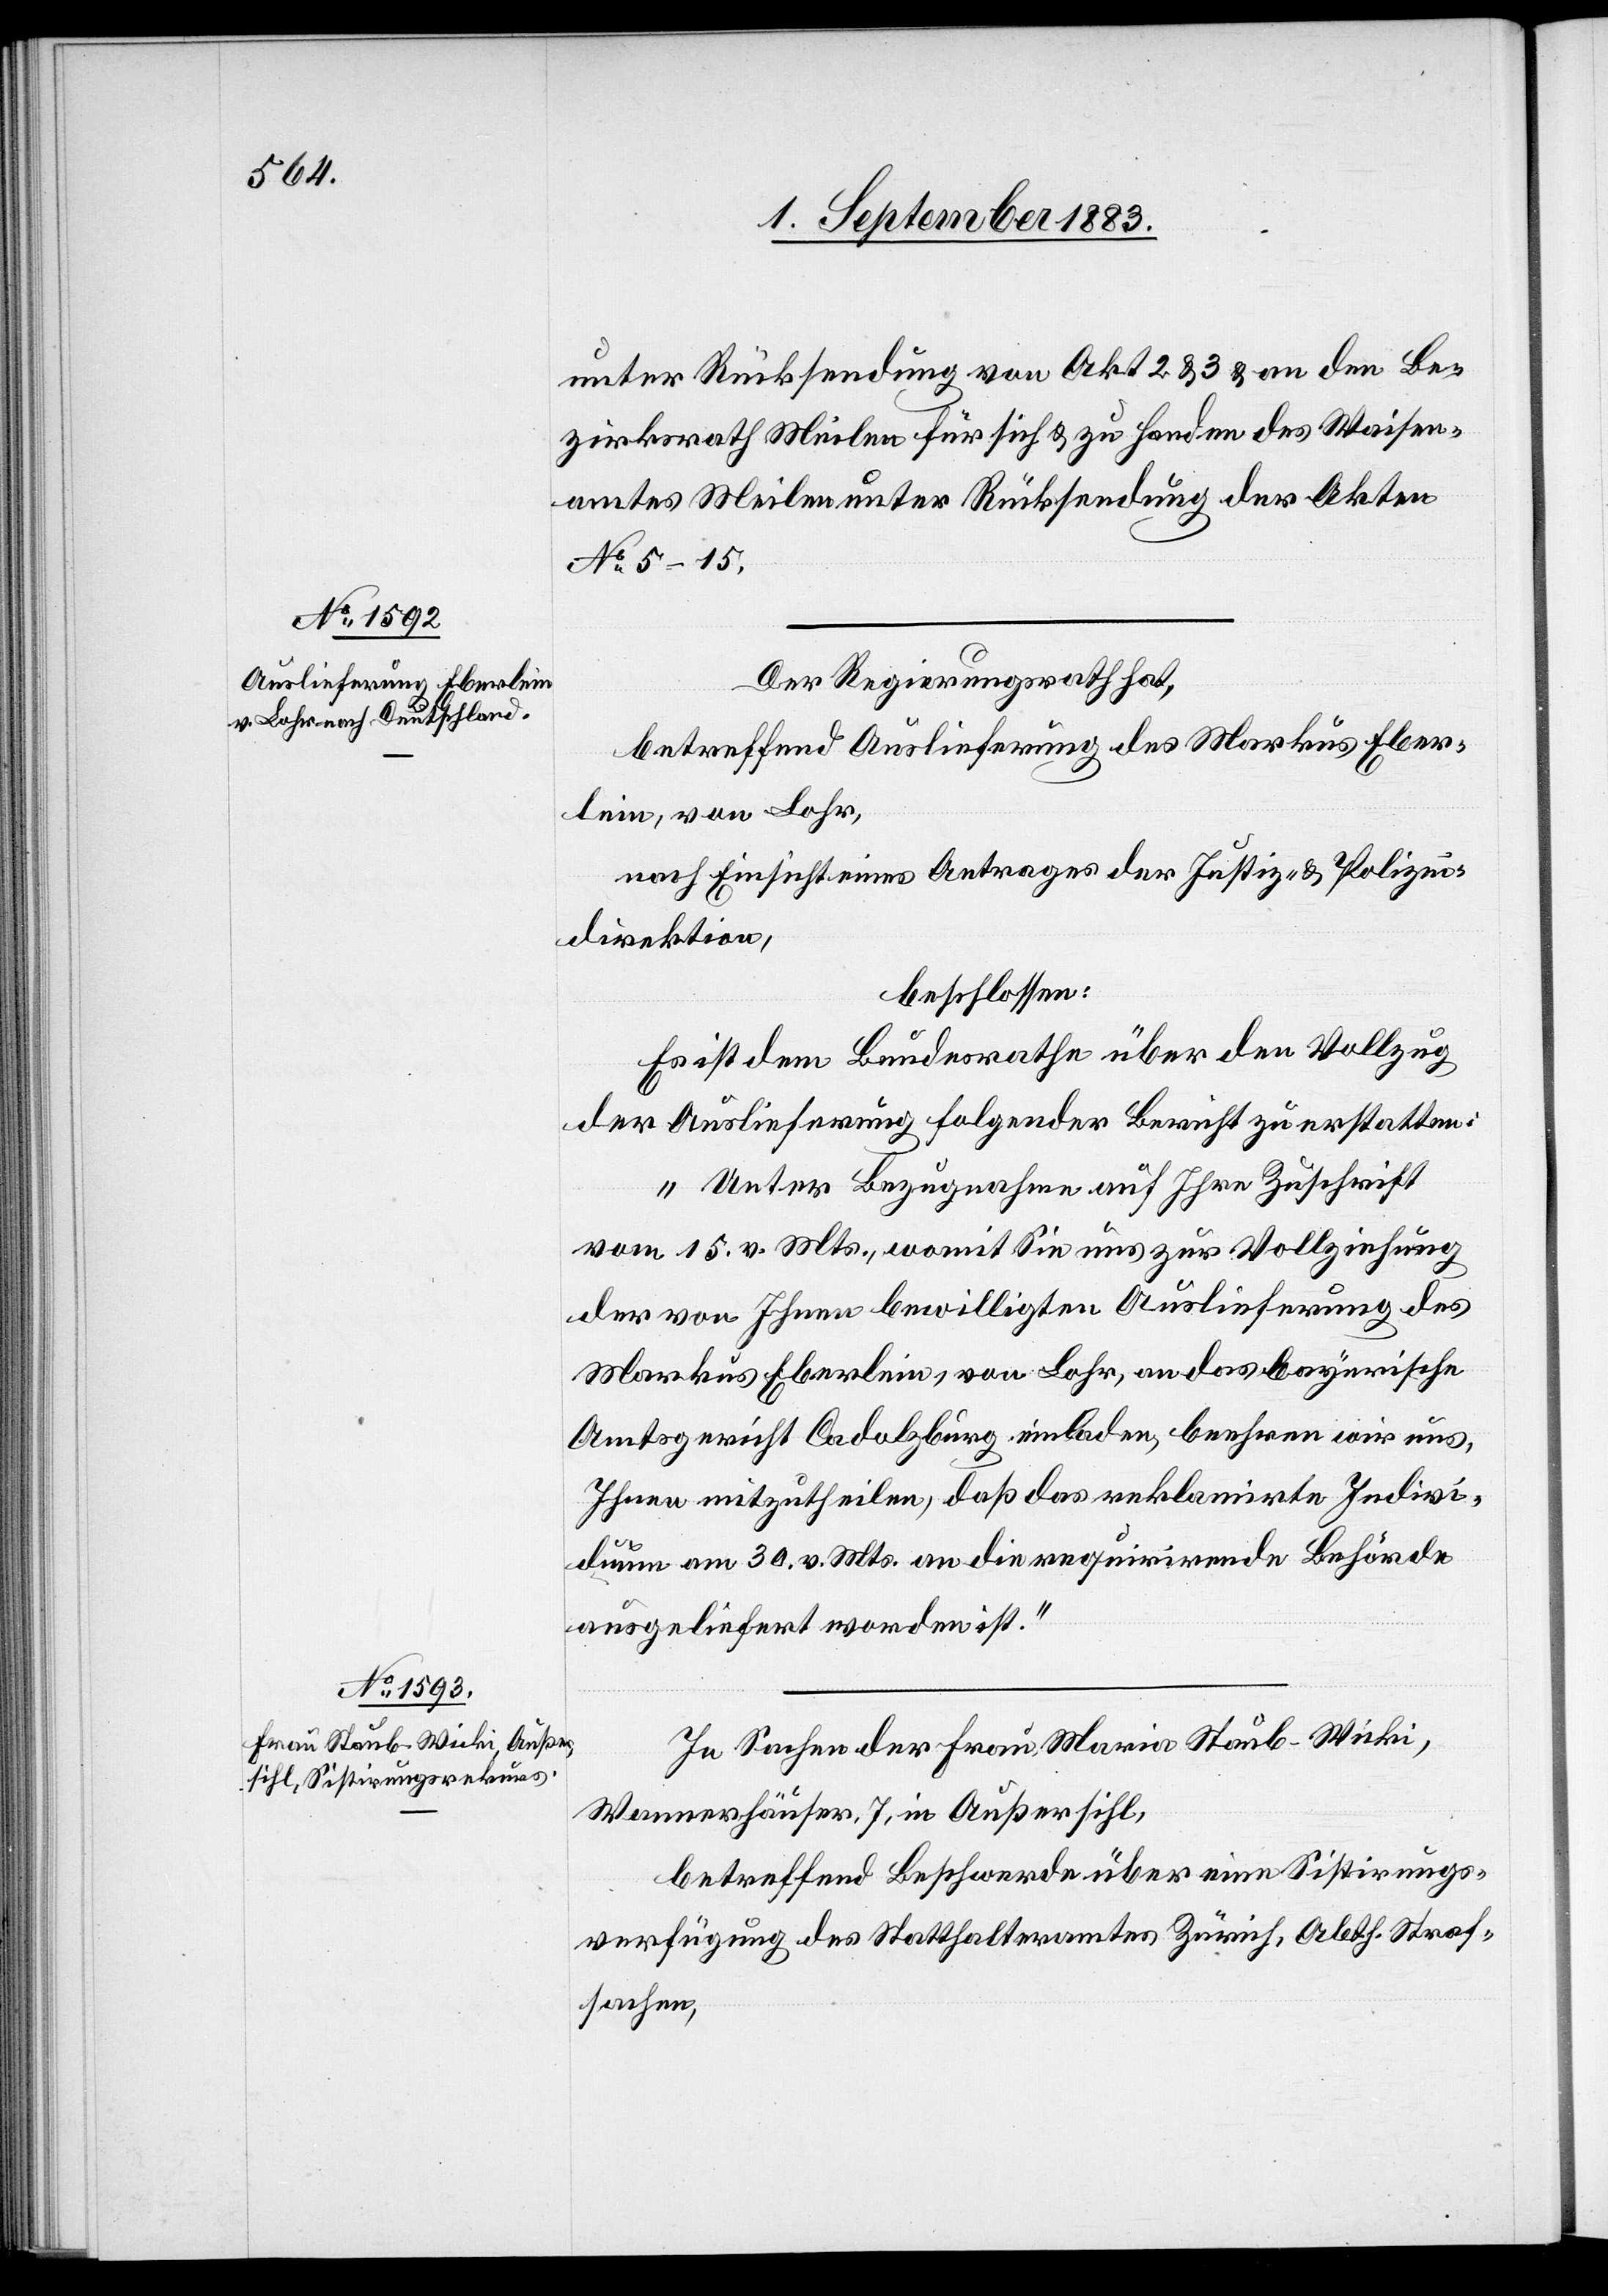
unter Rücksendung von Akt. 2 & 3 & an den Be¬
zirksrath Meilen für sich & zu Handen des Waisen¬
amtes Meilen unter Rücksendung der Akten
No 5–15.
Der Regierungsrath hat,
betreffend Auslieferung des Markus Eber¬
lein, von Lohr,
nach Einsicht eines Antrages der Justiz- & Polizei¬
direktion,
beschlossen:
Es ist dem Bundesrathe über den Vollzug
der Auslieferung folgender Bericht zu erstatten:
„Unter Bezugnahme auf Ihre Zuschrift
vom 15. v. Mts., womit Sie uns zur Vollziehung
der von Ihnen bewilligten Auslieferung des
Markus Eberlein, von Lohr, an das bayerische
Amtsgericht Cadolzburg einladen, beehren wir uns,
Ihnen mitzutheilen, daß das reklamirte Indivi¬
duum am 30. v. Mts. an die requirirende Behörde
ausgeliefert worden ist.“
In Sachen der Frau Maria Staub-Wicki,
Wannerhäuser, 7, in Außersihl,
betreffend Beschwerde über eine Sistirungs¬
verfügung des Statthalteramtes Zürich, Abth. Straf¬
sachen,